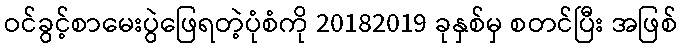
ဝင်ခွင့်စာမေးပွဲဖြေရတဲ့ပုံစံကို 20182019 ခုနှစ်မှ စတင်ပြီး အဖြစ်